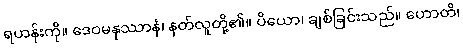
ရဟန်းကို။ ဒေဝမနုဿာနံ၊ နတ်လူတို့၏။ ပိယော၊ ချစ်ခြင်းသည်။ ဟောတိ၊